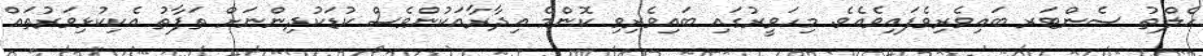
ހެލްތު ސެންޓަރ ބައިވެރިވެފައިވެއެވެ. މިހަވީރުގައި ބައިވެރިވި ކޮންމެ އިދާރާއަކުންވެސް ކުޑަކުދިންނަށް ތަފާތު އެކިކުޅިވަރުތައް